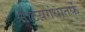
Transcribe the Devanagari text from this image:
नाटय़गंधातर्फे